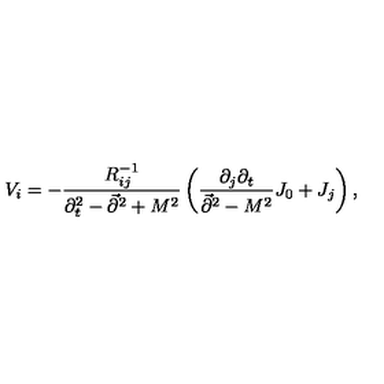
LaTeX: V _ { i } = - { \frac { R _ { i j } ^ { - 1 } } { \partial _ { t } ^ { 2 } - \vec { \partial } ^ { 2 } + M ^ { 2 } } } \left( { \frac { \partial _ { j } \partial _ { t } } { \vec { \partial } ^ { 2 } - M ^ { 2 } } } J _ { 0 } + J _ { j } \right) ,